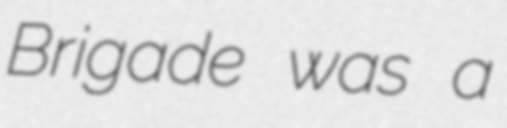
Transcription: Brigade was a